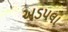
અડપલા